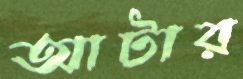
আটার